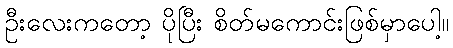
ဦးလေးကတော့ ပိုပြီး စိတ်မကောင်းဖြစ်မှာပေါ့။